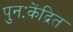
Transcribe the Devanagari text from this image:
पुनःकेंद्रित